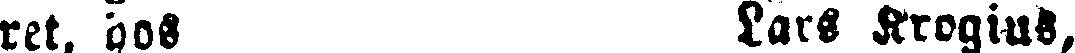
ret, hos Lars Krogius,